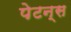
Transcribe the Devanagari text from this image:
पेटन्स